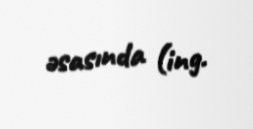
əsasında (ing.